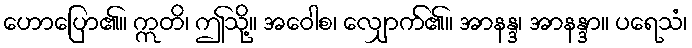
ဟောပြော၏။ ဣတိ၊ ဤသို့။ အဝေါစ၊ လျှောက်၏။ အာနန္ဒ၊ အာနန္ဒာ။ ပရေသံ၊